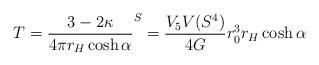
LaTeX: \begin{align*} T = \frac{3-2\kappa }{4 \pi r_H \cosh \alpha } \sp S= \frac{V_5 V(S^{4}) }{4G} r_0^{3} r_H \cosh \alpha\end{align*}